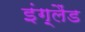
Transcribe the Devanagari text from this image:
इंग़्लैंड